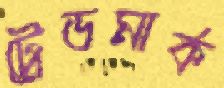
ট্রেডমার্ক